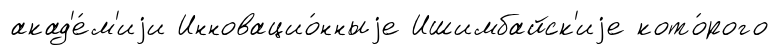
акад'е́м'иjи Инновацио́нныjе Ишимбайск'иjе кото́рого